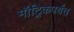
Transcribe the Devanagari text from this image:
मॉट्रिकपर्यंत